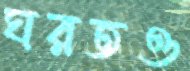
ঘরতও